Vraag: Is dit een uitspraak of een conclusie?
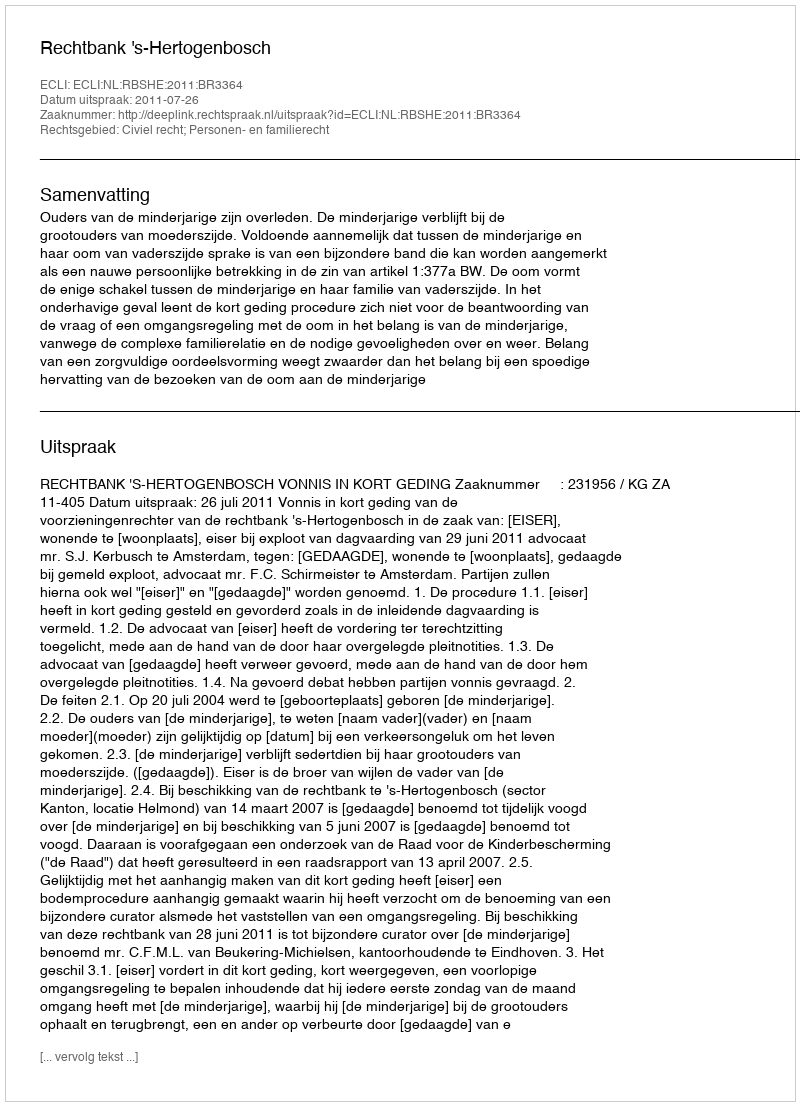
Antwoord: Uitspraak